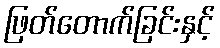
ဖြတ်တောက်ခြင်းနှင့်